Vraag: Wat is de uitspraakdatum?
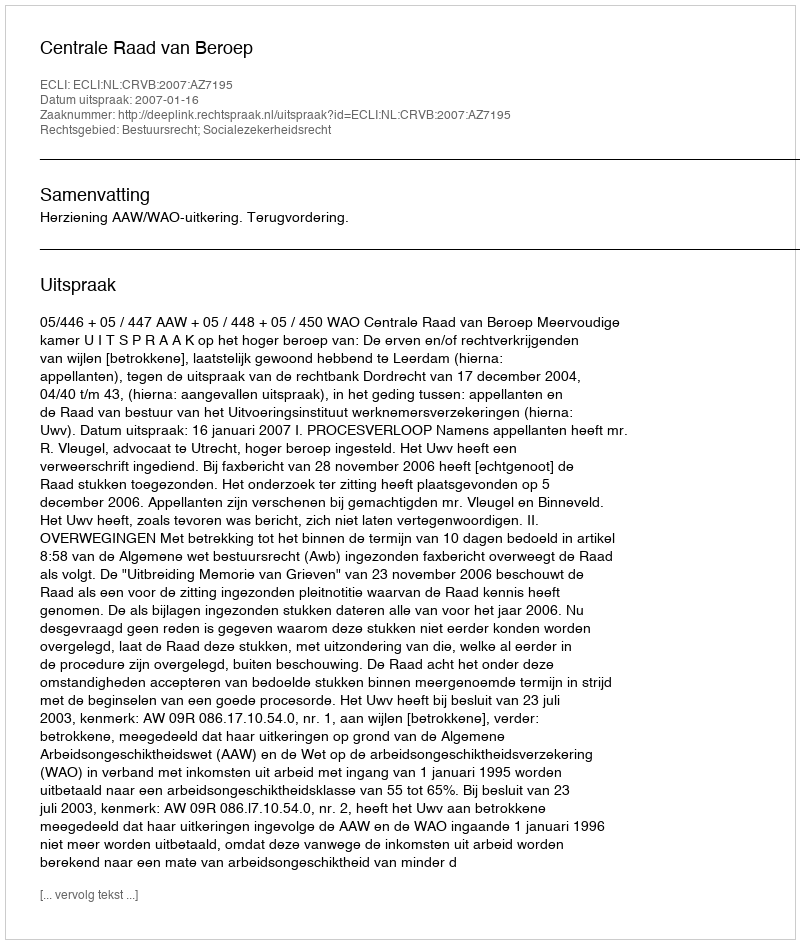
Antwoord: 2007-01-16